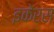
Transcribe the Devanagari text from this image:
इकेरस